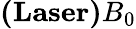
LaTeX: \textbf{(Laser)}B_{0}